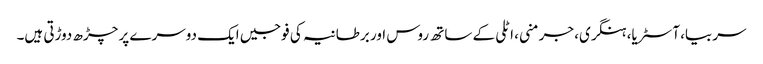
سربیا، آسٹریا، ہنگری، جرمنی، اٹلی کے ساتھ روس اور برطانیہ کی فوجیں ایک دوسرے پر چڑھ دوڑتی ہیں۔